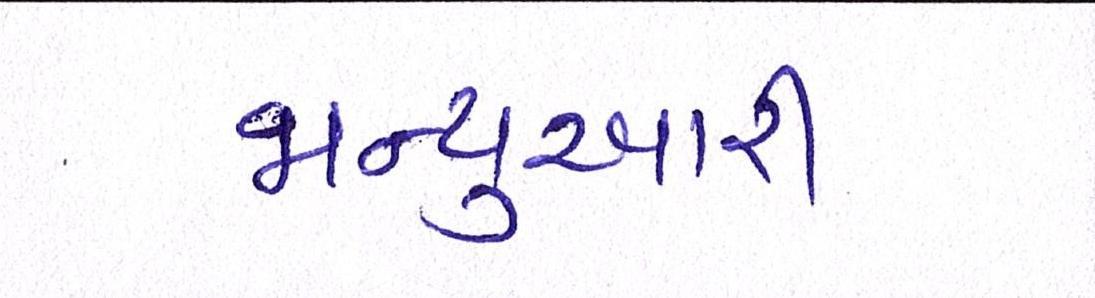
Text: જાન્યુઆરી